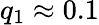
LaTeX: q_{1}\approx 0.1